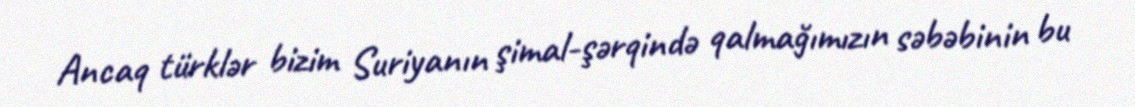
Ancaq türklər bizim Suriyanın şimal-şərqində qalmağımızın səbəbinin bu